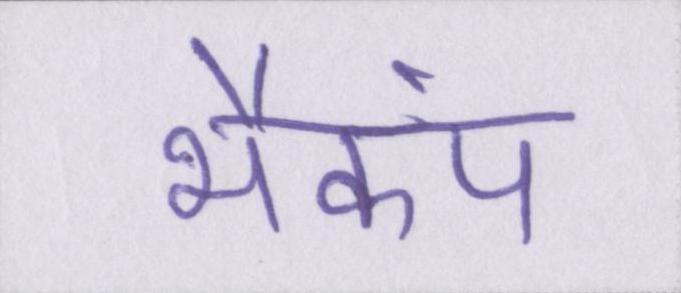
भैकंप